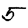
Digit: 5